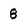
Character: 8